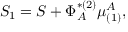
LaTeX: S _ { 1 } = S + \Phi _ { A } ^ { * ( 2 ) } \mu _ { ( 1 ) } ^ { A } ,